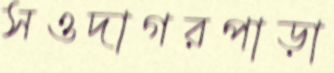
সওদাগরপাড়া